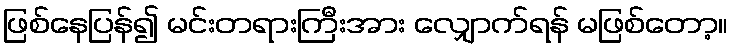
ဖြစ်နေပြန်၍ မင်းတရားကြီးအား လျှောက်ရန် မဖြစ်တော့။